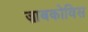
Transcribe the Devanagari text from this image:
ज़ाबकोविस